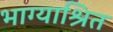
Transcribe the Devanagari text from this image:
भाग्याश्रित